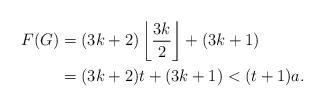
LaTeX: \begin{align*}F(G) & = (3k+2) \left\lfloor \frac{3k}{2} \right\rfloor + (3k+1)\\& = (3k+2) t + (3k+1) < (t+1) a.\end{align*}